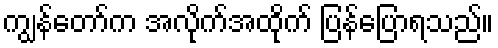
ကျွန်တော်က အလိုက်အထိုက် ပြန်ပြောရသည်။